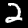
Digit: 2